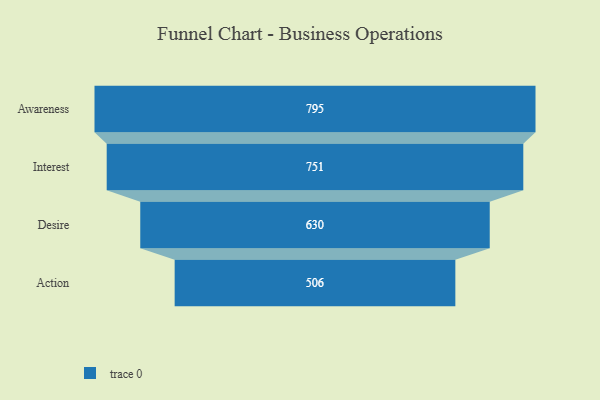
{"axis": {"x": "Stage", "y": "Value"}, "legend": [""], "data": [{"x": "Awareness", "y": 795.0, "type": ""}, {"x": "Interest", "y": 751.0, "type": ""}, {"x": "Desire", "y": 630.0, "type": ""}, {"x": "Action", "y": 506.0, "type": ""}]}